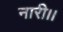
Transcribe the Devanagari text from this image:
नारी।।